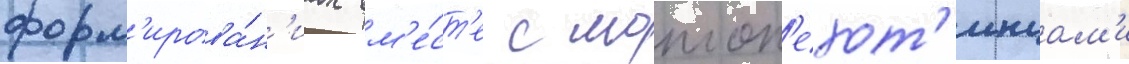
форм'ирова́н'иах вм'е́ст'е с мотоп'ехот'инцам'и